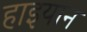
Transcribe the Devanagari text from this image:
हाइयान